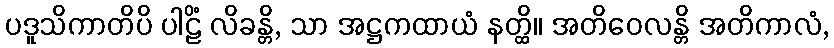
ပဒူသိကာတိပိ ပါဠိံ လိခန္တိ, သာ အဋ္ဌကထာယံ နတ္ထိ။ အတိဝေလန္တိ အတိကာလံ,